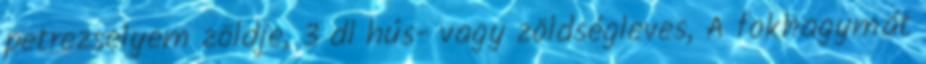
petrezselyem zöldje, 3 dl hús- vagy zöldségleves, A fokhagymát